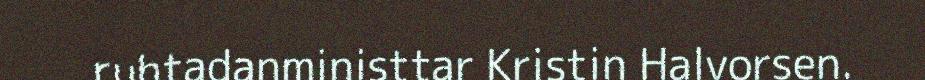
ruhtadanministtar Kristin Halvorsen.